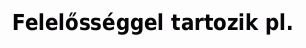
Felelősséggel tartozik pl.